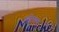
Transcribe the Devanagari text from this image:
घूरेमल